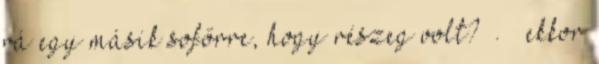
rá egy másik sofőrre, hogy részeg volt? . – ekkor